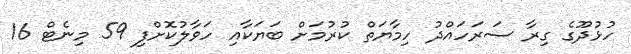
ހުޅުދޫގެ ގިރާ ސަރަހައްދު ހިމާޔަތް ކުރުމަށް ބަޔަކާއި ހަވާލުކޮށްފި 59 މިނެޓް 16